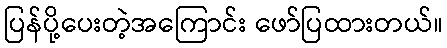
ပြန်ပို့ပေးတဲ့အကြောင်း ဖော်ပြထားတယ်။